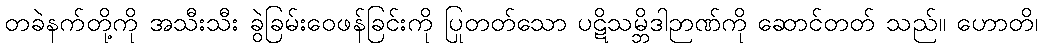
တခဲနက်တို့ကို အသီးသီး ခွဲခြမ်းဝေဖန်ခြင်းကို ပြုတတ်သော ပဋိသမ္ဘိဒါဉာဏ်ကို ဆောင်တတ် သည်။ ဟောတိ၊